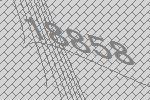
18858